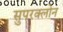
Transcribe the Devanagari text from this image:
सुपरक्लोन